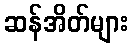
ဆန်အိတ်များ